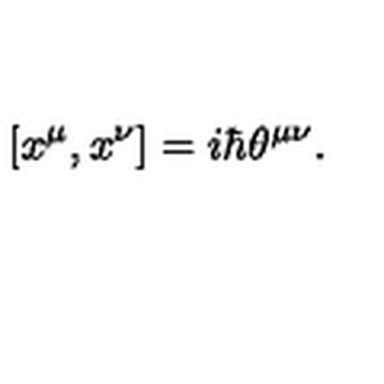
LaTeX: [ x ^ { \mu } , x ^ { \nu } ] = i \hbar \theta ^ { \mu \nu } .